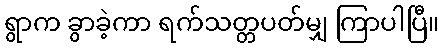
ရွာက ခွာခဲ့ကာ ရက်သတ္တပတ်မျှ ကြာပါပြီ။